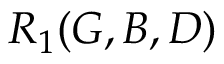
R _ { 1 } ( G , B , D )